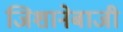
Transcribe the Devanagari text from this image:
जिशानेबाजी